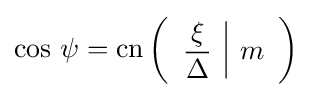
\cos \,\psi =\operatorname {cn} \left({\begin{array}{c|c}\displaystyle {\frac {\xi }{\Delta }}&m\end{array}}\right)